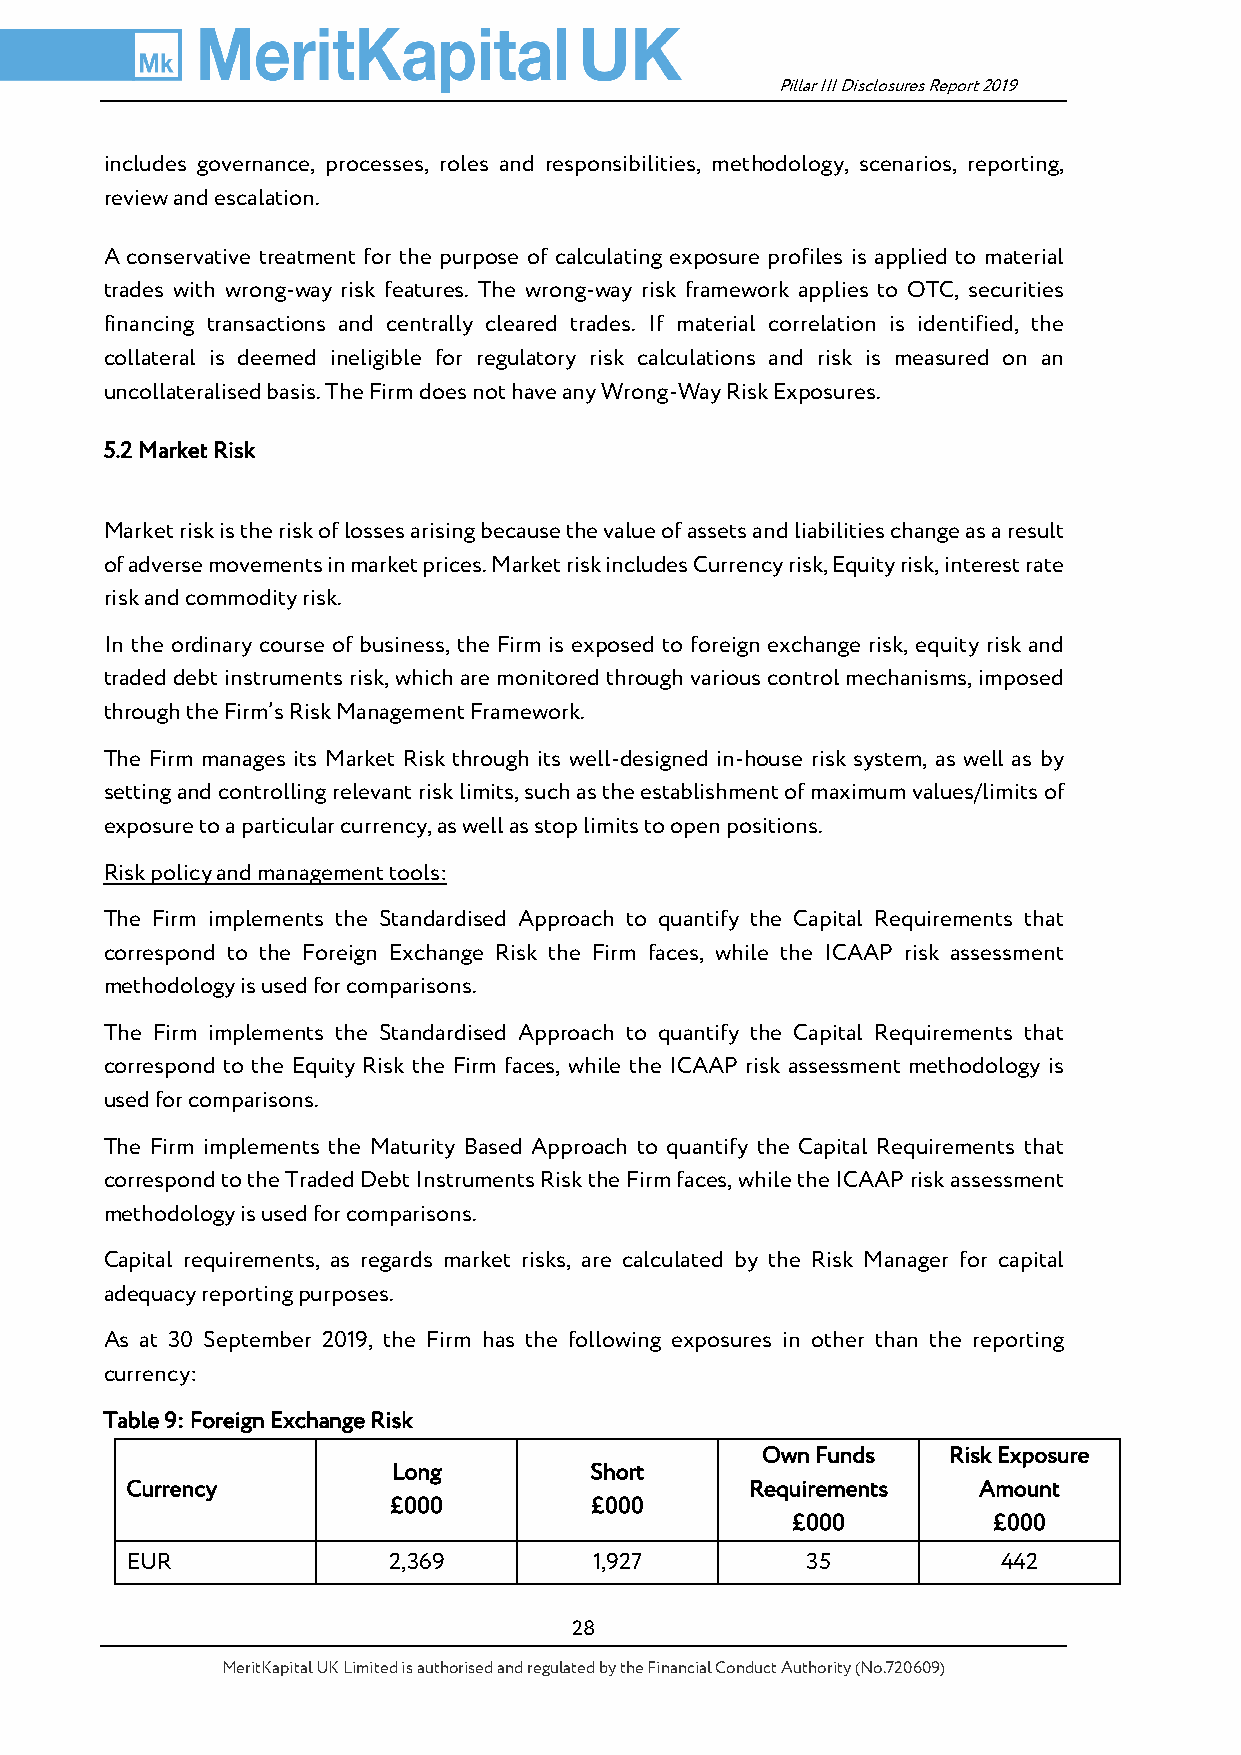
Pillar III Disclosures Report 2019
 includes governance, processes, roles and responsibilities, methodology, scenarios, reporting,
 review and escalation.
 A conservative treatment for the purpose of calculating exposure profiles is applied to material
 trades with wrong-way risk features. The wrong-way risk framework applies to OTC, securities
 financing transactions and centrally cleared trades. If material correlation is identified, the
 collateral is deemed ineligible for regulatory risk calculations and risk is measured on an
 uncollateralised basis. The Firm does not have any Wrong-Way Risk Exposures.
 5.2 Market Risk
 Market risk is the risk of losses arising because the value of assets and liabilities change as a result
 of adverse movements in market prices. Market risk includes Currency risk, Equity risk, interest rate
 risk and commodity risk.
 In the ordinary course of business, the Firm is exposed to foreign exchange risk, equity risk and
 traded debt instruments risk, which are monitored through various control mechanisms, imposed
 through the Firm’s Risk Management Framework.
 The Firm manages its Market Risk through its well-designed in-house risk system, as well as by
 setting and controlling relevant risk limits, such as the establishment of maximum values/limits of
 exposure to a particular currency, as well as stop limits to open positions.
 Risk policy and management tools:
 The Firm implements the Standardised Approach to quantify the Capital Requirements that
 correspond to the Foreign Exchange Risk the Firm faces, while the ICAAP risk assessment
 methodology is used for comparisons.
 The Firm implements the Standardised Approach to quantify the Capital Requirements that
 correspond to the Equity Risk the Firm faces, while the ICAAP risk assessment methodology is
 used for comparisons.
 The Firm implements the Maturity Based Approach to quantify the Capital Requirements that
 correspond to the Traded Debt Instruments Risk the Firm faces, while the ICAAP risk assessment
 methodology is used for comparisons.
 Capital requirements, as regards market risks, are calculated by the Risk Manager for capital
 adequacy reporting purposes.
 As at 30 September 2019, the Firm has the following exposures in other than the reporting
 currency:
 Table 9: Foreign Exchange Risk
 Own Funds    Risk Exposure
 Long         Short
 Currency                                  Requirements   Amount
 £000         £000
 £000          £000
 EUR               2,369        1,927         35           442
 28
 MeritKapital UK Limited is authorised and regulated by the Financial Conduct Authority (No.720609)